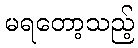
မရတော့သည့်